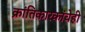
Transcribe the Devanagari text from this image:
क्रांतिकारकांचेही